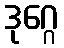
ဒုဂ္ဂေ